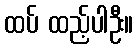
ထပ် ထည့်ပါဦး။